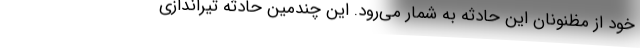
خود از مظنونان این حادثه به شمار می‌رود. این چندمین حادثه تیراندازی